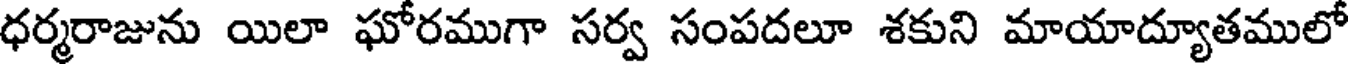
ధర్మరాజును యిలా ఘోరముగా సర్వ సంపదలూ శకుని మాయాద్యూతములో